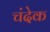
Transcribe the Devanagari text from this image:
चंदेक